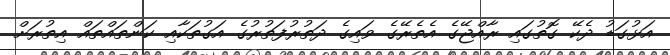
އަޅުގަޑު ދެކޭ ގޮތުގައި ރާއްޖޭގެ އެތެރޭގެ ވައިގެ ދަތުރުފަތުރުގެ އަގުތަކާއި ކަންތައްތައް އިތުރަށް